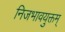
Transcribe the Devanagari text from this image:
निजभावयुक्तम्